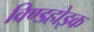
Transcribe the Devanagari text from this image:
विण्डहोइक